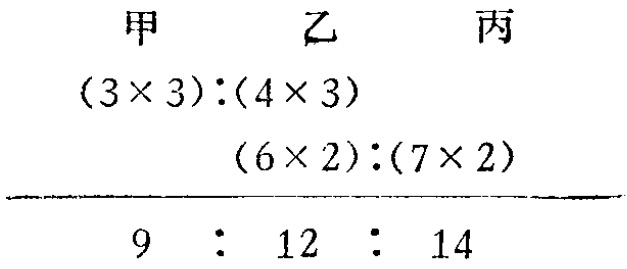
\[

\begin{align*}

&\text{甲}\quad\text{乙}\quad\text{丙}\\

&(3\times 3):(4\times 3)\\

&(6\times 2):(7\times 2)\\

&\hline

&9\quad : \quad 12\quad : \quad 14

\end{align*}

\]